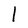
Character: l